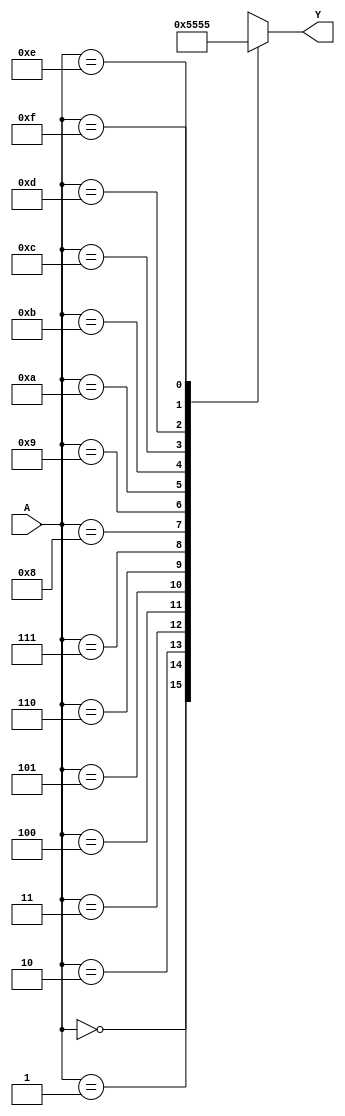
module hybrid_minimization (
    input wire [3:0] A,   // Example input variables (4 bits)
    output wire Y         // Output
);

// Parameters for the truth table (example: 4-input function)
parameter [15:0] truth_table = 16'b1010101010101010; // Example truth table output (Y) for A

// Internal signals for MUX implementation
wire [3:0] mux_inputs [0:15]; // MUX inputs based on minimized function
wire [3:0] select_lines;       // Selection lines for MUX

// Assign MUX inputs based on simplified logic (this would come from algebraic minimization or K-map)
assign mux_inputs[0]  = 4'b0000; // For A=0
assign mux_inputs[1]  = 4'b0001; // For A=1
assign mux_inputs[2]  = 4'b0010; // For A=2
assign mux_inputs[3]  = 4'b0011; // For A=3
assign mux_inputs[4]  = 4'b0100; // For A=4
assign mux_inputs[5]  = 4'b0101; // For A=5
assign mux_inputs[6]  = 4'b0110; // For A=6
assign mux_inputs[7]  = 4'b0111; // For A=7
assign mux_inputs[8]  = 4'b1000; // For A=8
assign mux_inputs[9]  = 4'b1001; // For A=9
assign mux_inputs[10] = 4'b1010; // For A=10
assign mux_inputs[11] = 4'b1011; // For A=11
assign mux_inputs[12] = 4'b1100; // For A=12
assign mux_inputs[13] = 4'b1101; // For A=13
assign mux_inputs[14] = 4'b1110; // For A=14
assign mux_inputs[15] = 4'b1111; // For A=15

// Multiplexer implementation using case statement
assign Y = mux_inputs[A];

endmodule